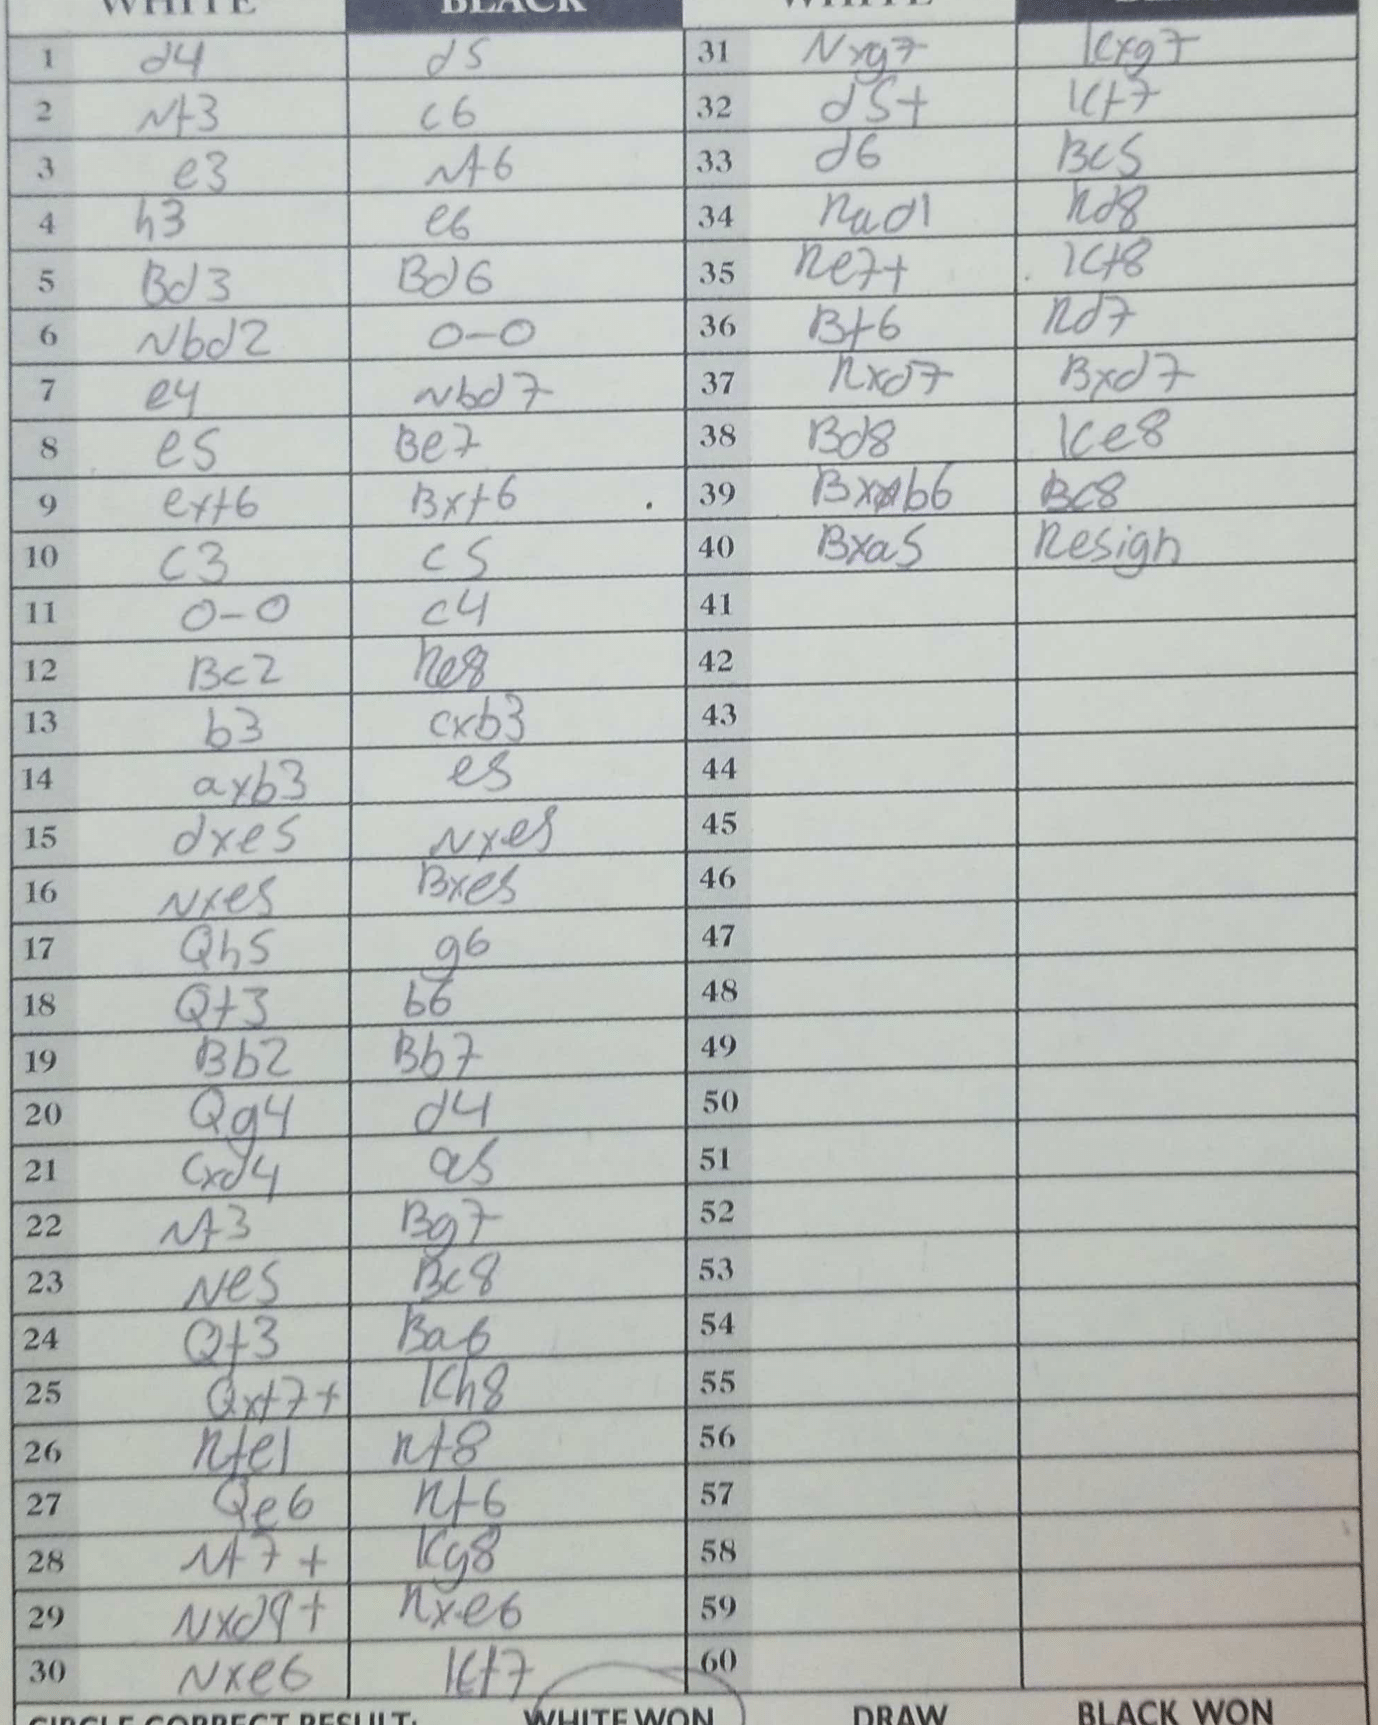
Moves: d4 d5 Nf3 c6 e3 Nf6 h3 e6 Bd3 Bd6 Nbd2 O-O e4 Nbd7 e5 Be7 exf6 Bxf6 c3 c5 O-O c4 Bc2 Re8 b3 cxb3 axb3 e5 dxe5 Nxe5 Nxe5 Bxe5 Qh5 g6 Qf3 b6 Bb2 Bb7 Qg4 d4 cxd4 a5 Nf3 Bg7 Ne5 Bc8 Qf3 Ba6 Qxf7+ Kh8 Rfe1 Rf8 Qe6 Rf6 Nf7+ Kh8 Nxd4+ Rxe6 Nxe6 Kf7 Nxg7 Kxg7 d5+ Kf7 d6 Bc5 Rad1 Rd8 Re7+ Kf8 Bf6 Rd7 Rxd7 Bxd7 Bd8 Ke8 Bxb6 Bc8 Bxa5